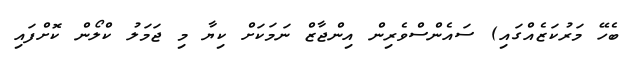
ބެހޭ މަރުކަޒެއްގައި) ސައެންސްވެރިން އިންޖާޒް ނަމަކަށް ކިޔާ މި ޖަމަލު ކްލޯން ކޮށްފައި